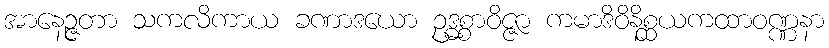
အာနေဉ္ဇတာ သကလိကာယ ခဏာဒယော ဥဒ္ဓစ္စာဝိဇ္ဇာ ကမာဒိဝိနိစ္ဆယကထာဝဏ္ဏနာ